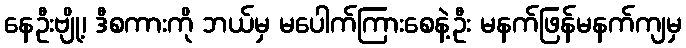
နေဦးဗျို့၊ ဒီစကားကို ဘယ်မှ မပေါက်ကြားစေနဲ့ဦး မနက်ဖြန်မနက်ကျမှ